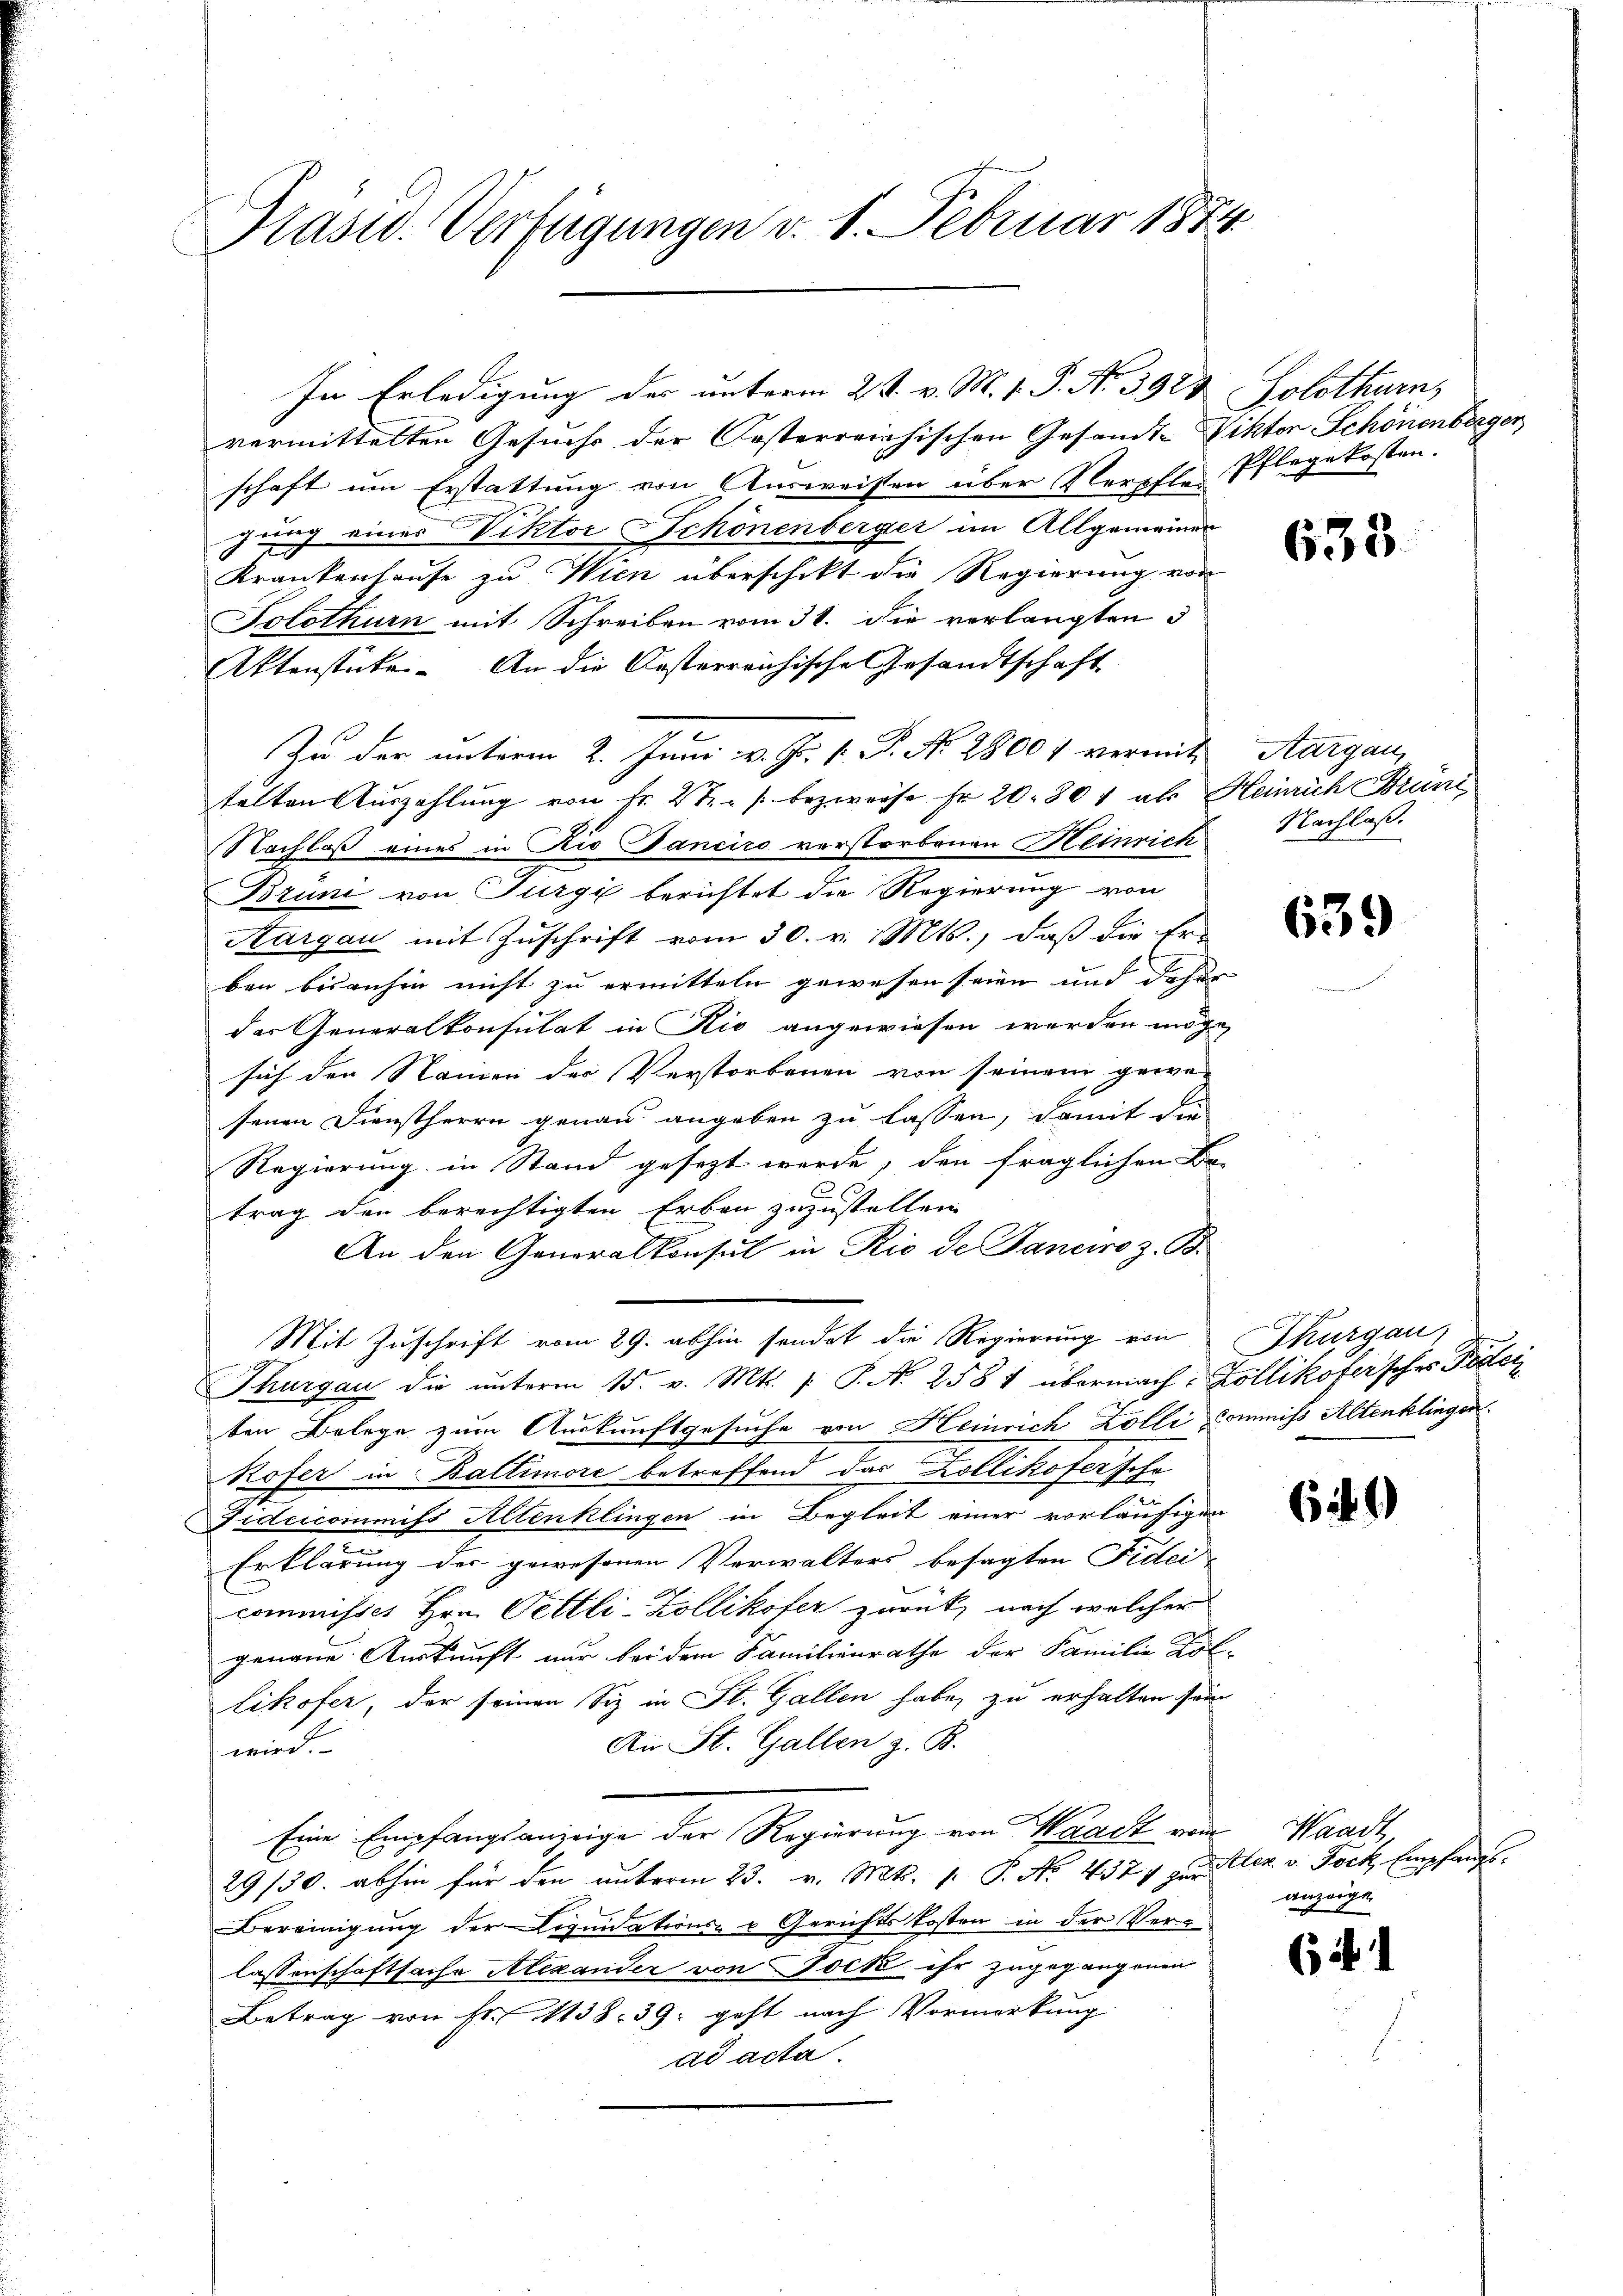
Präsid. Verfügungen v. 1. Februar 1874.

In Erledigung des unterm 2 t v. M. v. J. N. 3928, Solothurn,
vermittelten Gesuchs der Oesterreichischen Gesandt-Viktor Schönenberger,
schaft um Erstattung von Ausweisten über Verpfle Pflegekosten.
gung eines Viktor Schönenberger im Allgemeiner
Krankenhause zu Wien überschikt die Regierung von
Solothurn mit Schreiben vom 31. die verlangten 3
Aktenstücke. An die Oesterreichische Gesandtschaft
Zu der unterm 2. Juni v. J. P. P. Nr. 2800 vermit Aargau,
telten Auszahlung von Fr. 2.- bezweife Fr. 20. 307 als Heinrich Brüni
Nachlaß eines in Rio daneiro verstorbenen Heinrich
Brüni von Turgi berichtet die Regierung von
Aargau mit Zuschrift vom 30. v. Mts., daß die Er-
ben bisanhin nicht zu ermitteln gewesen seien und daher
der Generalkonsulat in Rio angewiesen werden möge,
sich den Namen der Verstorbenen von seinem gewe-
senen Dienstherrn genau angeben zu lassen, damit die
Regierung in Stand gesezt werde, den fraglichen Be-
trag den berechtigten Erben zuzustellen
An den Generalkonsul in Rio de Janeiro z. B.
Mit Zuschrift vom 29. abhin sendet die Regierung von Thurgau,
Thurgau die unterm 15. v. Mts. f. P. Nr. 258 1 übermach. Zollikofersches Partei
ten Belege zum Auskunftgesuche von Heinrich Zolli Commiss Altenklingen
Rofer in Baltimore betreffend das Kollikofer schr
Fideicommiss Altenklingen in Begleit einer vorläufigen
e
Erklärung der gewesenen Verwalters besagten Fidei-
commisses Hrn. Pettli-Zollikofer zurück, nach welcher
genaue Auskunft nur bei dem Familienrathe der Familie Kol-
likofer, der seinen Siz in St. Gallen habe, zu erhalten sein
Ai St. Gallen z. B.
wird.
Eine Empfangsanzeige der Regierung von Waadt vom Waadt,
29/30. abhin für den unterm 23. v. Mts. 1. P. No. 4377 zur Alex v. Jock, Empfangs¬
Bereinigung der Liquidations- u Gerichtskosten in der Verlassenschaftsache Alexander von Bock ihr zugegangenen
Betrag von Fr. 1138. 39. geht nach Vormerkung
ad acta.

635

Nachlaß.

639

6

anzeige

64

.